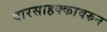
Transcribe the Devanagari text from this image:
वारसाहक्कावरुन